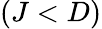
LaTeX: \left(J<D\right)